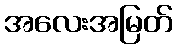
အလေးအမြတ်